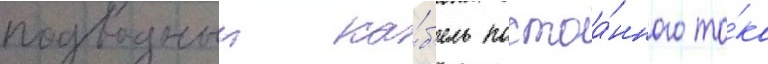
подводныи ка́б'ель постоа́нного то́ка